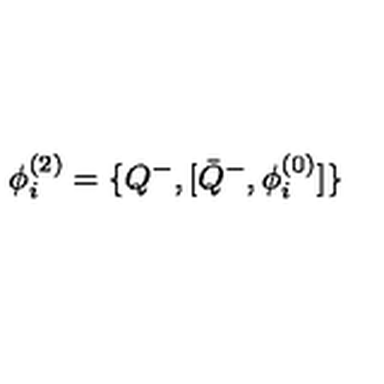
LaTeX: \phi _ { i } ^ { ( 2 ) } = \{ Q ^ { - } , [ { \bar { Q } } ^ { - } , \phi _ { i } ^ { ( 0 ) } ] \}